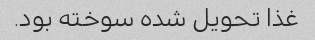
غذا تحویل شده سوخته بود.